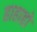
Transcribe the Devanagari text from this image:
हाहाहो